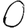
Digit: 0